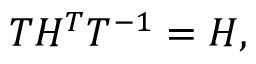
\begin{array} { r } { T H ^ { T } T ^ { - 1 } = H , } \end{array}